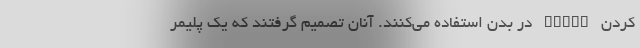
کردن STING در بدن استفاده می‌کنند. آنان تصمیم گرفتند که یک پلیمر